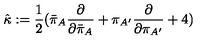
{ \hat { \kappa } } : = { \frac { 1 } { 2 } } { ( { \bar { \pi } } _ { A } { \frac { \partial } { \partial { \bar { \pi } } _ { A } } } + \pi _ { A ^ { \prime } } { \frac { \partial } { \partial \pi _ { A ^ { \prime } } } } + 4 ) }